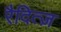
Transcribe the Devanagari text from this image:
रैदित्ज़